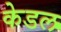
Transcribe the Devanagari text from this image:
केडल